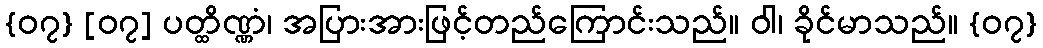
{၀၇} [၀၇] ပတ္ထိဏ္ဏံ၊ အပြားအားဖြင့်တည်ကြောင်းသည်။ ဝါ၊ ခိုင်မာသည်။ {၀၇}